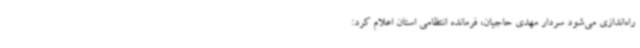
راه‌اندازی می‌شود سردار مهدی حاجیان، فرمانده انتظامی استان اعلام کرد: